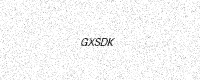
Text: GXSDK